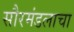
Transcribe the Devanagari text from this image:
सौरमंडलाचा